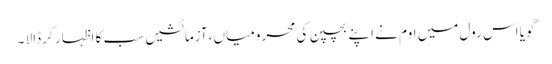
گویا اس رول میں اوم نے اپنے بچپن کی محرومیاں ،آزمائشیں سب کا اظہار کر ڈالا ۔